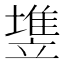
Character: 𰊵